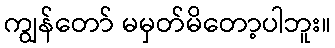
ကျွန်တော် မမှတ်မိတော့ပါဘူး။